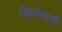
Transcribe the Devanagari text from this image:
पिकविण्याची